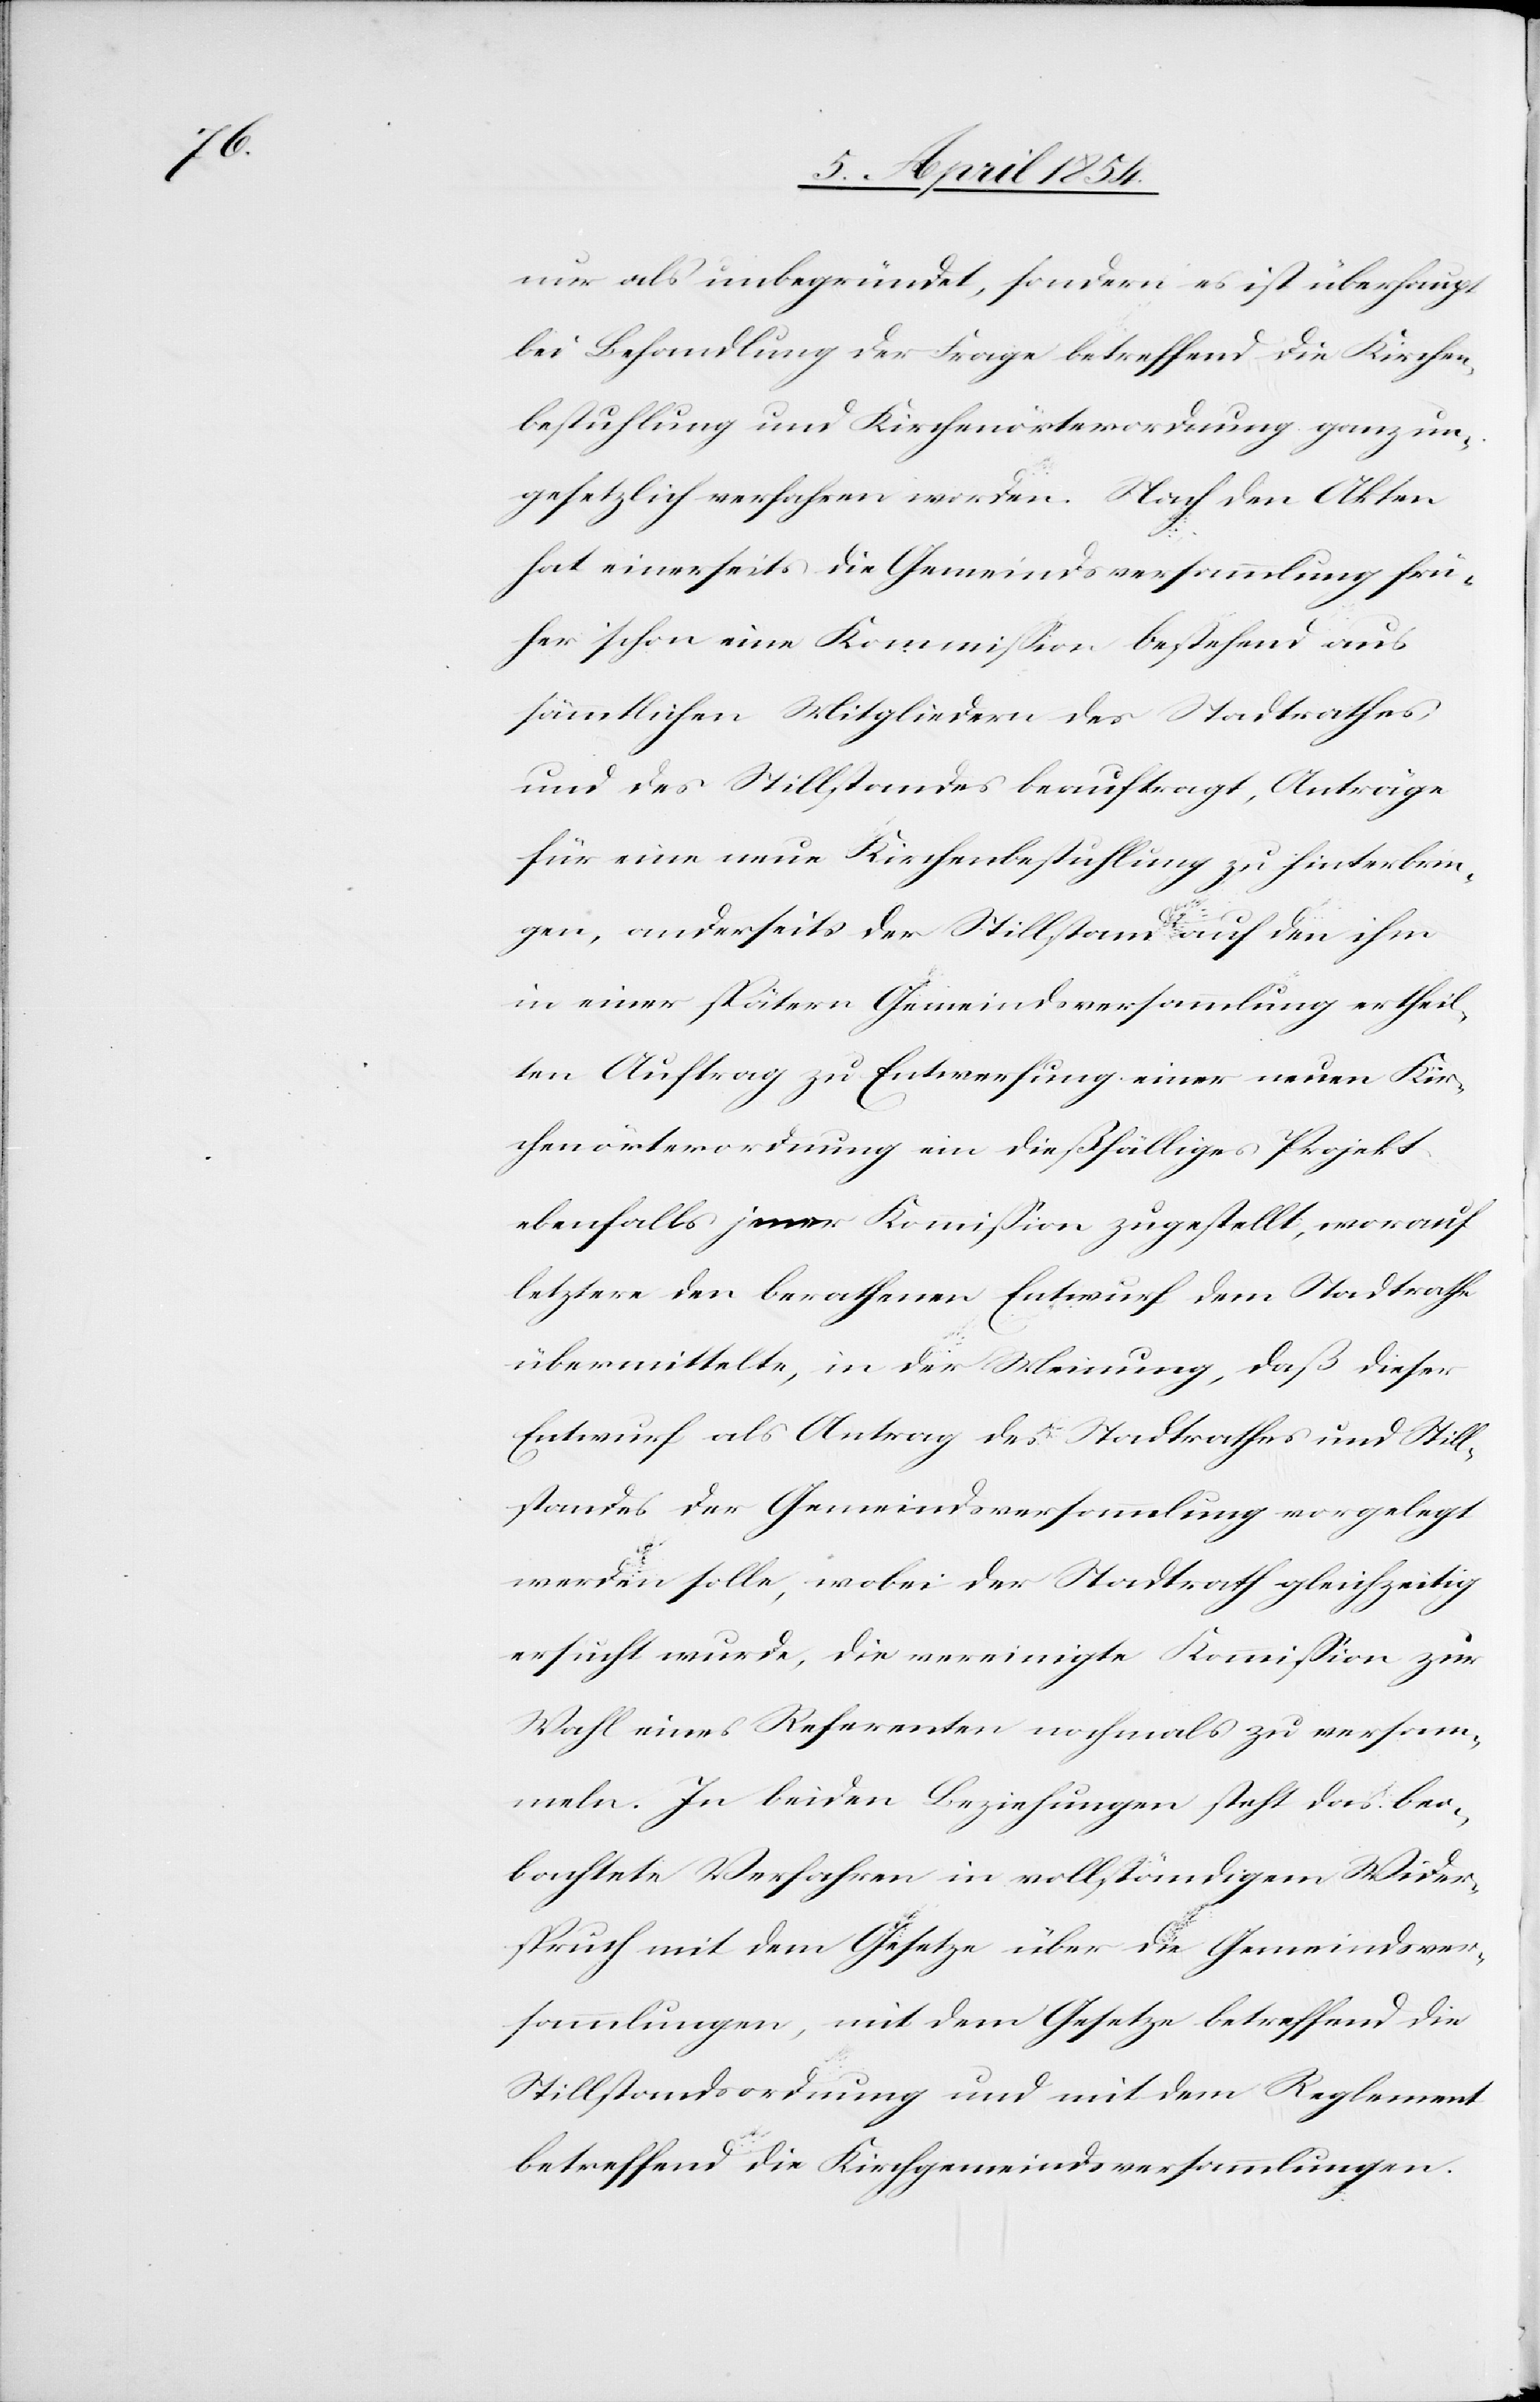
nur als unbegründet, sondern es ist überhaupt
bei Behandlung der Frage betreffend die Kirchen¬
bestuhlung um Kirchenörterordnung ganz un¬
gesetzlich verfahren worden. Nach den Akten
hat einerseits die Gemeindsversammlung frü¬
her schon eine Kommißion bestehend aus
sämmtlichen Mitgliedern des Stadtrathes
und des Stillstandes beauftragt, Anträge
für eine neue Kirchenbestuhlung zu hinterbrin¬
gen, anderseits der Stillstand auf den ihm
in einer spätern Gemeindsversammlung ertheil¬
ten Auftrag zu Entwerfung einer neuen Kir¬
chenörterordnung ein dießfälliges Projekt
ebenfalls jener Kommißion zugestellt, worauf
letztere den berathenen Entwurf dem Stadtrathe
übermittelte, in der Meinung, daß dieser
Entwurf als Antrag des Stadtrathes und Still¬
standes der Gemeindsversammlung vorgelegt
werden solle, wobei der Stadtrath gleichzeitig
ersucht wurde, die vereinigte Kommißion zur
Wahl eines Referenten nochmals zu versam¬
meln. In beiden Beziehungen steht das beo¬
bachtete Verfahren in vollständigem Wider¬
spruch mit dem Gesetze über die Gemeindsver¬
sammlungen, mit dem Gesetze betreffend die
Stillstandsordnung und mit dem Reglement
betreffend die Kirchgemeindsversammlungen.